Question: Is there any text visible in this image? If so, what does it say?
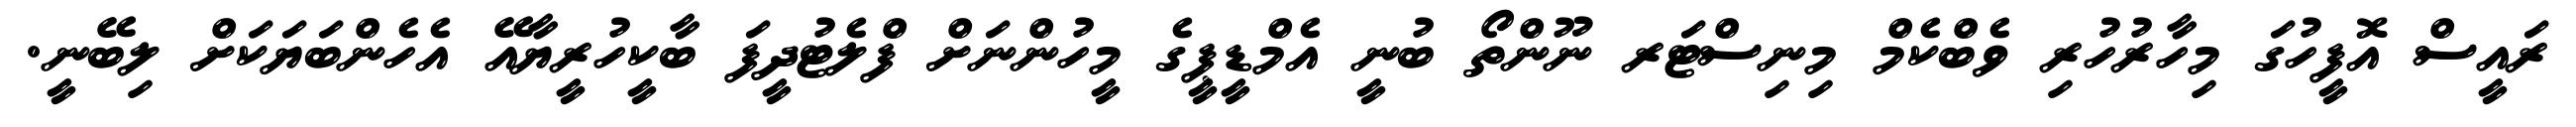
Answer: ރައީސް އޮފީހުގަ މިހާރުހުރި ވެބްކެމް މިނިސްޓަރ ނޫންތޯ ބުނީ އެމްޑީޕީގެ މީހުންނަށް ފްލެޓުދީފަ ބާކީހުރީޔާއޭ އެހެންބަޔަކަށް ލިބޭނީ.